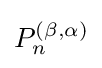
P_{n}^{(\beta ,\alpha )}